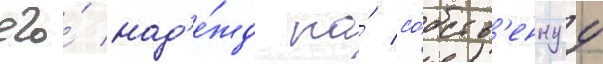
его́ над'е́жд на́ со́бств'еннуу